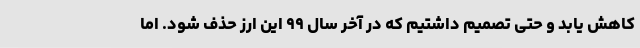
کاهش یابد و حتی تصمیم داشتیم که در آخر سال ۹۹ این ارز حذف شود. اما